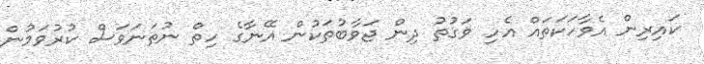
ކައިރިން އެވާހަކަތައް އެހި ވަގުތު ދިން ޖަވާބުތަކުން އޭނާގެ ހިތް ނުތަނަވަސް ކުރުވަމުން